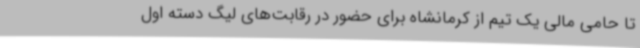
تا حامی مالی یک تیم از کرمانشاه برای حضور در رقابت‌های لیگ دسته اول